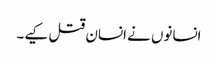
انسانوں نے انسان قتل کیے۔